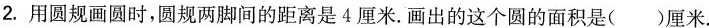
2.用圆规画圆时，圆规两脚间的距离是4厘米。画出的这个圆的面积是()厘米。